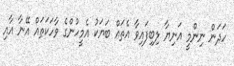
ހަދަން ނިންމީ އަނިޔާ ލިބިފައިވާ އެތައް ބަޔަކު އެމީހުންގެ ވާހަކަތައް އޭނާ އާއި